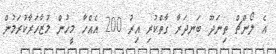
އެ ލޯންޗް ތިނަދޫ ބަނދަރާ ގާތްކުރި އިރު 200 އެއްހާ މީހުން މުޒާހަރާކުރަމުން